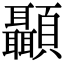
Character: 顳